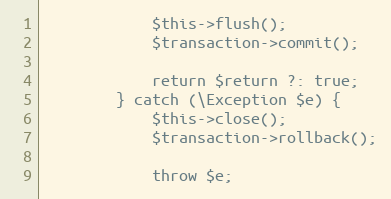
Language: PHP
            $this->flush();
            $transaction->commit();

            return $return ?: true;
        } catch (\Exception $e) {
            $this->close();
            $transaction->rollback();

            throw $e;